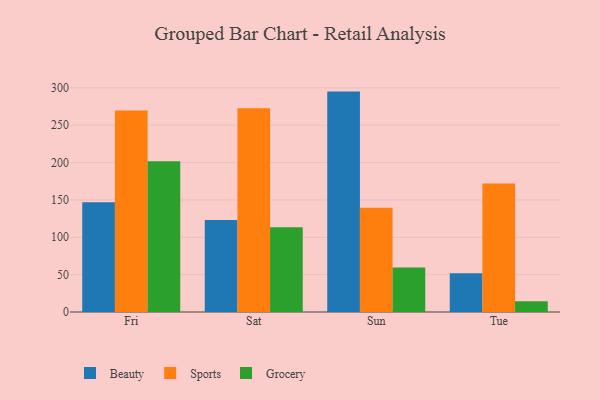
{"axis": {"x": "Day", "y": "Budget (USD K)"}, "legend": ["Beauty", "Grocery", "Sports"], "data": [{"x": "Fri", "y": 146.9, "type": "Beauty"}, {"x": "Fri", "y": 269.7, "type": "Sports"}, {"x": "Fri", "y": 201.8, "type": "Grocery"}, {"x": "Sat", "y": 123.3, "type": "Beauty"}, {"x": "Sat", "y": 272.7, "type": "Sports"}, {"x": "Sat", "y": 113.4, "type": "Grocery"}, {"x": "Sun", "y": 295.0, "type": "Beauty"}, {"x": "Sun", "y": 139.6, "type": "Sports"}, {"x": "Sun", "y": 59.5, "type": "Grocery"}, {"x": "Tue", "y": 52.0, "type": "Beauty"}, {"x": "Tue", "y": 171.9, "type": "Sports"}, {"x": "Tue", "y": 14.3, "type": "Grocery"}]}